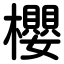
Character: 櫻